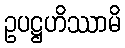
ဥပဋ္ဌဟိဿာမိ